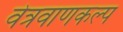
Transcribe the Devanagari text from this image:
वेत्रवाणकल्प